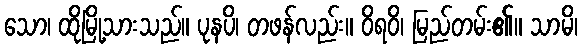
သော၊ ထိုမြို့သားသည်။ ပုနပိ၊ တဖန်လည်း။ ဝိရဝိ၊ မြည်တမ်း၏။ သာမိ၊